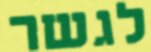
לגשר